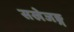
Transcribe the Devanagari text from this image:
सखेजङ्ग